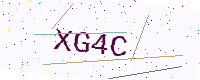
Text: XG4C